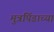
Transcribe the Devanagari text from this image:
मुत्रपिंडाच्या